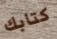
كتابك